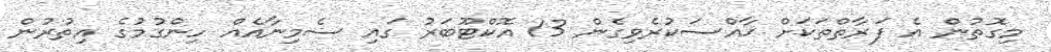
މިގޮތުން އެ ފަރާތްތަކަށް ޚާއްސަކުރެވިގެން 13 އޮކްޓޫބަރު ގައި ސެމިނާއެއް ހިންގުމުގެ އިތުރުން